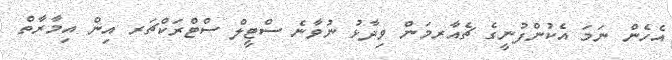
އެހެން ނަމަ އެކުންފުނީގެ ޗެއާރމަން ވިދާޅު ނުވާނެ ސްޓީލް ސްޓްރަކްޗަރ އިން އިމާރާތް